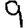
Digit: 9